Report of an investigation of the epidemic of malarial fever in Assam, or, kala-azar
Disease focus: Malaria
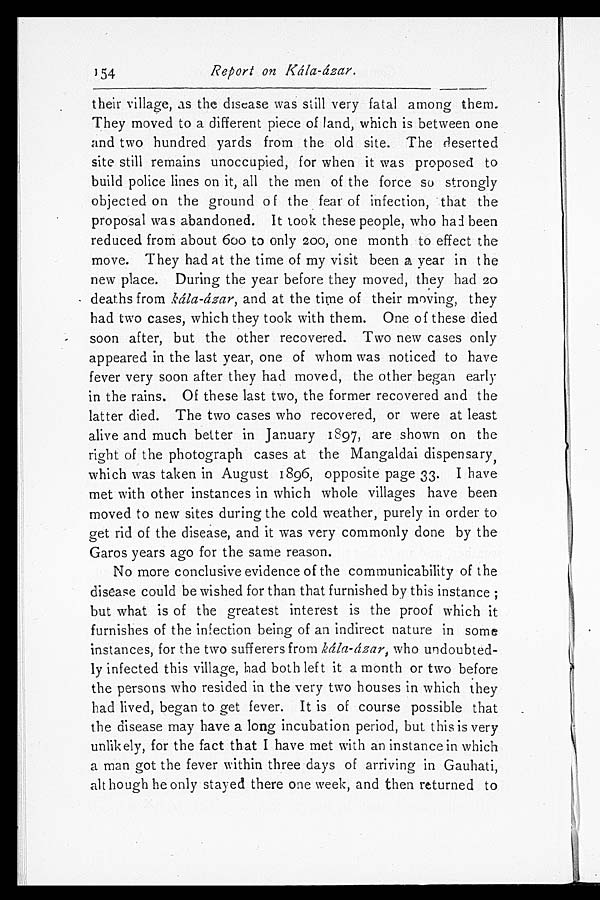
154
Report on Kála-ázar.
their village, as the disease was still very fatal among them.
They moved to a different piece of land, which is between one
and two hundred yards from the old site. The deserted
site still remains unoccupied, for when it was proposed to
build police lines on it, all the men of the force so strongly
objected on the ground of the fear of infection, that the
proposal was abandoned. It took these people, who had been
reduced from about 600 to only 200, one month to effect the
move. They had at the time of my visit been a year in the
new place. During the year before they moved, they had 20
deaths from kála-ázar, and at the time of their moving, they
had two cases, which they took with them. One of these died
soon after, but the other recovered. Two new cases only
appeared in the last year, one of whom was noticed to have
fever very soon after they had moved, the other began early
in the rains. Of these last two, the former recovered and the
latter died. The two cases who recovered, or were at least
alive and much better in January 1897, are shown on the
right of the photograph cases at the Mangaldai dispensary,
which was taken in August 1896, opposite page 33. I have
met with other instances in which whole villages have been
moved to new sites during the cold weather, purely in order to
get rid of the disease, and it was very commonly done by the
Garos years ago for the same reason.
No more conclusive evidence of the communicability of the
disease could be wished for than that furnished by this instance;
but what is of the greatest interest is the proof which it
furnishes of the infection being of an indirect nature in some
instances, for the two sufferers from kála-ázar, who undoubted
-ly infected this village, had both left it a month or two before
the persons who resided in the very two houses in which they
bad lived, began to get fever. It is of course possible that
the disease may have a long incubation period, but this is very
unlikely, for the fact that I have met with an instance in which
a man got the fever within three days of arriving in Gauhati,
although he only stayed there one week, and then returned to